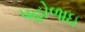
પહોળાઇ